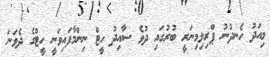
މިއަދު ހެނދުނު ޕްރިލިމިނަރީ ބުރުގައި ދުވެ ސާއިދު ހީޓް ނިންމާފައިވަނީ ހީޓްގެ ދެވަނަ